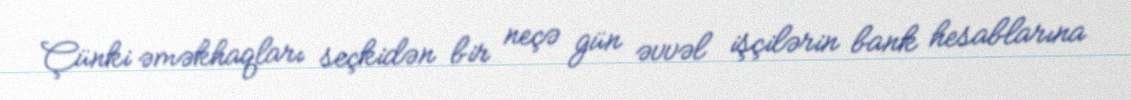
Çünki əməkhaqları seçkidən bir neçə gün əvvəl işçilərin bank hesablarına